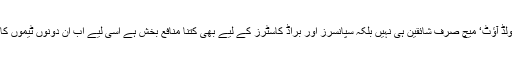
آئی سی سی کو بھی اچھی طرح اندازہ ہوچکا ہے کہ یہ ’سولڈ آؤٹ‘ میچ صرف شائقین ہی نہیں بلکہ سپانسرز اور براڈ کاسٹرز کے لیے بھی کتنا منافع بخش ہے اسی لیے اب ان دونوں ٹیموں کا ایک ہی پول میں رہتے ہوئے مدمقابل ہونا عام ہوچکا ہے۔